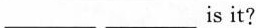
___ ___is it?